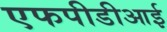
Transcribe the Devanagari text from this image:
एफपीडीआई